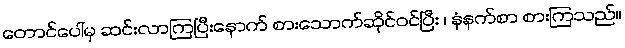
တောင်ပေါ်မှ ဆင်းလာကြပြီးနောက် စားသောက်ဆိုင်ဝင်ပြီး ၊ နံနက်စာ စားကြသည်။